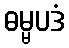
ဓမ္မပဒံ